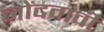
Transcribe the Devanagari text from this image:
नोंदवावी